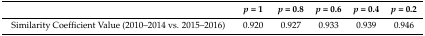
<table><thead><tr><td></td><td><b><i>p</i> = 1</b></td><td><b><i>p</i> = 0.8</b></td><td><b><i>p</i> = 0.6</b></td><td><b><i>p</i> = 0.4</b></td><td><b><i>p</i> = 0.2</b></td></tr></thead><tbody><tr><td>Similarity Coefficient Value (2010–2014 vs. 2015–2016)</td><td>0.920</td><td>0.927</td><td>0.933</td><td>0.939</td><td>0.946</td></tr></tbody></table>